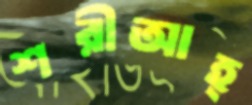
শরীআহ্